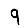
Digit: 9